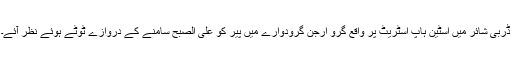
ڈربی شائر میں اسٹین ہاپ اسٹریٹ پر واقع گرو ارجن گرودوارے میں پیر کو علی الصبح سامنے کے دروازے ٹوٹے ہوئے نظر آئے۔